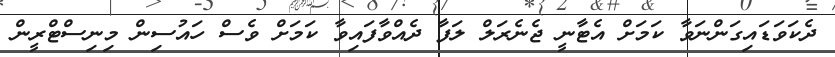
ދެކަވަޑައިގަންނަވާ ކަމަށް އެޓާނީ ޖެނެރަލް ލަފާ ދެއްވާފައިވާ ކަމަށް ވެސް ހައުސިން މިނިސްޓްރީން